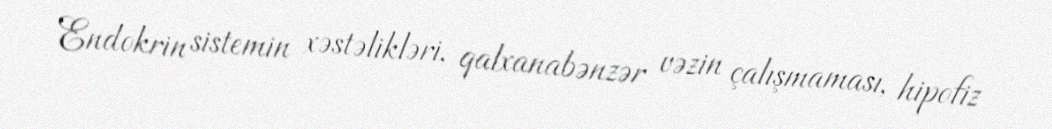
Endokrin sistemin xəstəlikləri, qalxanabənzər vəzin çalışmaması, hipofiz